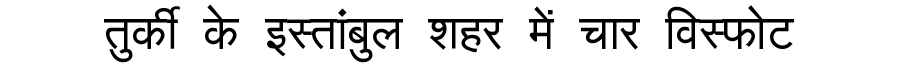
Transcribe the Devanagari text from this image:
तुर्की के इस्तांबुल शहर में चार विस्फोट